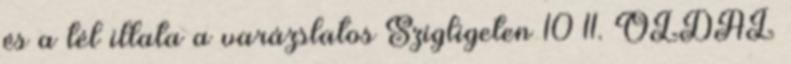
és a tél illata a varázslatos Szigligeten 10–11. OLDAL